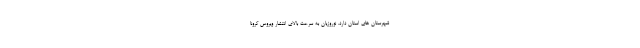
شهرستان های استان دارد. نوروزیان به سرعت بالای انتشار ویروس کرونا